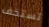
تستخف